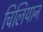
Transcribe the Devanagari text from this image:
चिलियान